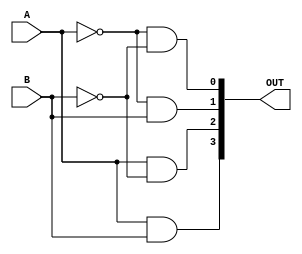
module Dec_24 (A, B, OUT);

	input A, B;
	output [3:0] OUT;
	
	assign OUT[0] = ~A & ~B;
	assign OUT[1] = ~A & B;
	assign OUT[2] = A & ~B;
	assign OUT[3] = A & B;
	
endmodule